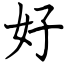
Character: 好